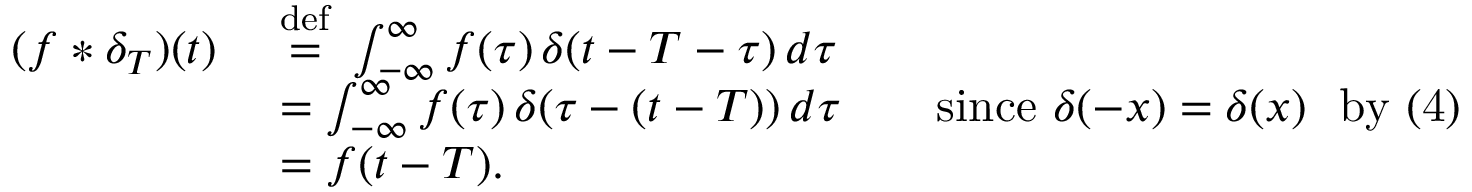
{ \begin{array} { r l } { ( f * \delta _ { T } ) ( t ) \ } & { { \stackrel { \mathrm { d e f } } { = } } \ \int _ { - \infty } ^ { \infty } f ( \tau ) \, \delta ( t - T - \tau ) \, d \tau } \\ & { = \int _ { - \infty } ^ { \infty } f ( \tau ) \, \delta ( \tau - ( t - T ) ) \, d \tau \qquad { \mathrm { s i n c e } } ~ \delta ( - x ) = \delta ( x ) ~ ~ { \mathrm { b y ~ ( 4 ) } } } \\ & { = f ( t - T ) . } \end{array} }